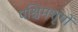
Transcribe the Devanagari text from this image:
पश्चिमशृंगों